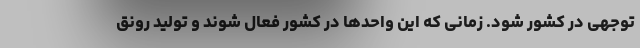
توجهی در کشور شود. زمانی که این واحدها در کشور فعال شوند و تولید رونق